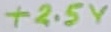
Text: +2.5V